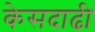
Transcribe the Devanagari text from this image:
केसदाढी